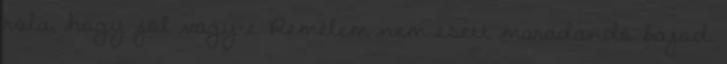
róla, hogy jól vagy-e. Remélem nem esett maradandó bajod.